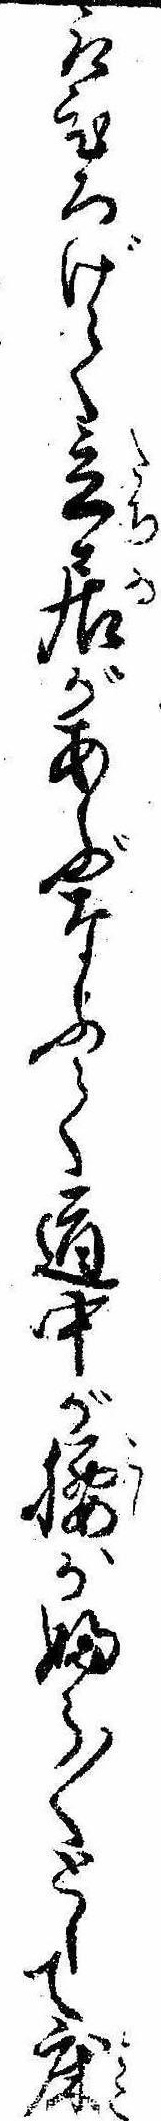
取ひろげて立居があぶなふて道中が腰がふら〱として床